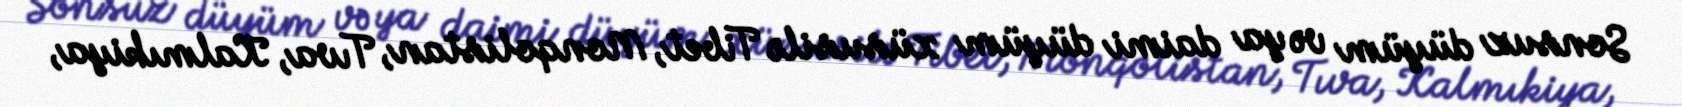
Sonsuz düyüm və ya daimi düyüm xüsusilə Tibet, Monqolistan, Tıva, Kalmıkiya,